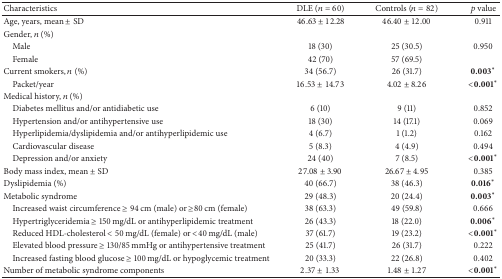
<table><thead><tr><td><b>Characteristics</b></td><td><b>DLE (<i>n</i> = 60)</b></td><td><b>Controls (<i>n</i> = 82)</b></td><td><b><i>p</i> value</b></td></tr></thead><tbody><tr><td>Age, years, mean ± SD</td><td> 46.63 ± 12.28</td><td>46.40 ± 12.00</td><td>0.911</td></tr><tr><td>Gender, <i>n</i> (%)</td><td> </td><td> </td><td> </td></tr><tr><td> Male</td><td>18 (30)</td><td>25 (30.5)</td><td>0.950</td></tr><tr><td> Female</td><td>42 (70)</td><td>57 (69.5)</td><td> </td></tr><tr><td>Current smokers, <i>n</i> (%)</td><td>34 (56.7)</td><td>26 (31.7)</td><td> 0.003<sup><i>∗</i></sup></td></tr><tr><td> Packet/year</td><td>16.53 ± 14.73</td><td>4.02 ± 8.26</td><td>&lt;0.001<sup><i>∗</i></sup></td></tr><tr><td>Medical history, <i>n</i> (%)</td><td> </td><td> </td><td> </td></tr><tr><td> Diabetes mellitus and/or antidiabetic use</td><td>6 (10)</td><td>9 (11)</td><td>0.852</td></tr><tr><td> Hypertension and/or antihypertensive use</td><td>18 (30)</td><td>14 (17.1)</td><td>0.069</td></tr><tr><td> Hyperlipidemia/dyslipidemia and/or antihyperlipidemic use</td><td>4 (6.7)</td><td>1 (1.2)</td><td>0.162</td></tr><tr><td> Cardiovascular disease</td><td>5 (8.3)</td><td>4 (4.9)</td><td>0.494</td></tr><tr><td> Depression and/or anxiety</td><td>24 (40)</td><td>7 (8.5)</td><td>&lt;0.001<sup><i>∗</i></sup></td></tr><tr><td>Body mass index, mean ± SD</td><td>27.08 ± 3.90</td><td>26.67 ± 4.95</td><td>0.385</td></tr><tr><td>Dyslipidemia (%)</td><td>40 (66.7)</td><td>38 (46.3)</td><td>0.016<sup><i>∗</i></sup></td></tr><tr><td>Metabolic syndrome</td><td>29 (48.3)</td><td>20 (24.4)</td><td>0.003<sup><i>∗</i></sup></td></tr><tr><td> Increased waist circumference ≥ 94 cm (male) or ≥80 cm (female)</td><td> 38 (63.3)</td><td>49 (59.8)</td><td>0.666</td></tr><tr><td> Hypertriglyceridemia ≥ 150 mg/dL or antihyperlipidemic treatment</td><td> 26 (43.3)</td><td>18 (22.0)</td><td>0.006<sup><i>∗</i></sup></td></tr><tr><td> Reduced HDL-cholesterol &lt; 50 mg/dL (female) or &lt;40 mg/dL (male)</td><td> 37 (61.7)</td><td>19 (23.2)</td><td> &lt;0.001<sup><i>∗</i></sup></td></tr><tr><td> Elevated blood pressure ≥ 130/85 mmHg or antihypertensive treatment</td><td> 25 (41.7)</td><td>26 (31.7)</td><td>0.222</td></tr><tr><td> Increased fasting blood glucose ≥ 100 mg/dL or hypoglycemic treatment</td><td> 20 (33.3)</td><td>22 (26.8)</td><td>0.402</td></tr><tr><td>Number of metabolic syndrome components</td><td>2.37 ± 1.33</td><td>1.48 ± 1.27</td><td>&lt;0.001<sup><i>∗</i></sup></td></tr></tbody></table>